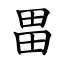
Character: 畕